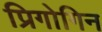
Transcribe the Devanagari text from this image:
प्रिगोगिन